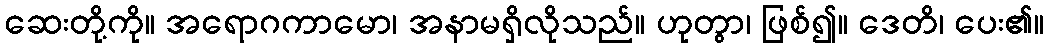
ဆေးတို့ကို။ အရောဂကာမော၊ အနာမရှိလိုသည်။ ဟုတွာ၊ ဖြစ်၍။ ဒေတိ၊ ပေး၏။